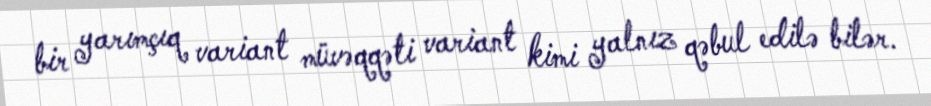
bir yarımçıq variant müvəqqəti variant kimi yalnız qəbul edilə bilər.